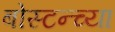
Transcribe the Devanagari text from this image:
बोस्टन्च्या